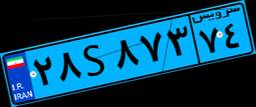
۲۸S۸۷۳۷۴